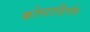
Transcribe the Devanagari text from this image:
कोस्टाडिनोव